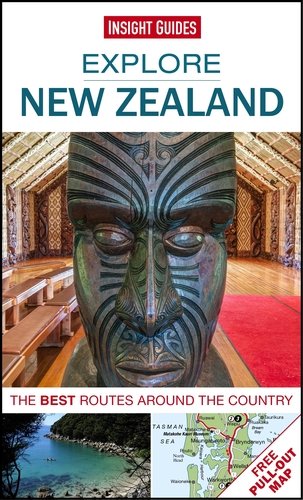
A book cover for Insight Guides: Explore New Zealand (Insight Explore Guides); Insight Guides; Travel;